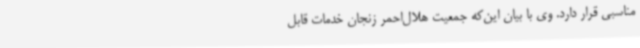
مناسبی قرار دارد. وی با بیان این‌که جمعیت هلال‌احمر زنجان خدمات قابل